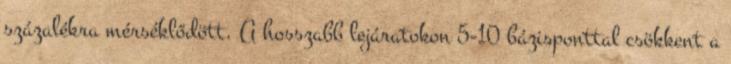
százalékra mérséklődött. A hosszabb lejáratokon 5-10 bázisponttal csökkent a